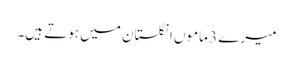
میرے 3 ماموں انگلستان میں ہوتے ہیں۔